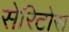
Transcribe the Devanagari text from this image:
सेरिटोस